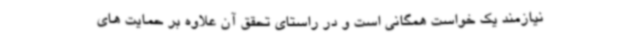
نیازمند یک خواست همگانی است و در راستای تحقق آن علاوه بر حمایت های